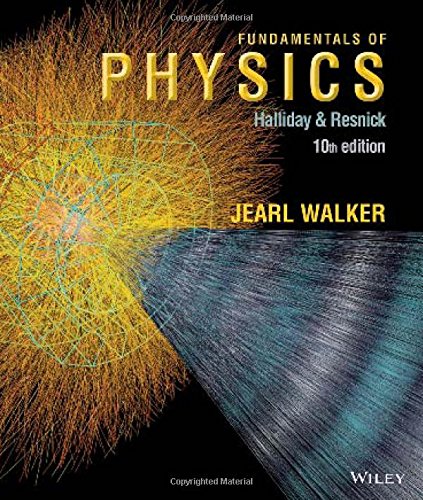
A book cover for Fundamentals of Physics; David Halliday; Science & Math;